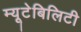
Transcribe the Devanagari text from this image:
म्यूटेबिलिटी